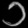
Digit: ၁